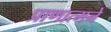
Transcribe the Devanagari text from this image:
प्राणात्मने